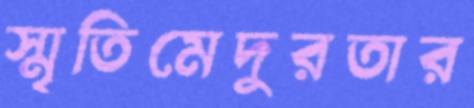
স্মৃতিমেদুরতার